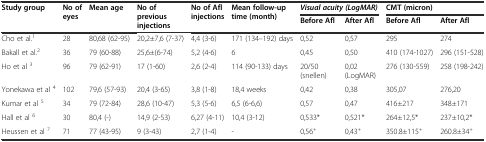
| <ROWSPAN=2> Study group | <ROWSPAN=2> No of eyes | <ROWSPAN=2> Mean age | <ROWSPAN=2> No of previous injections | <ROWSPAN=2> No of Afl injections | <ROWSPAN=2> Mean follow-up time (month) | <COLSPAN=2> Visual acuity (LogMAR) | <COLSPAN=2> CMT (micron) |
 | Before Afl | After Afl | Before Afl | After Afl |
 | --- | --- | --- | --- | --- | --- | --- | --- | --- | --- |
 | Cho et al.1 | 28 | 80,68 (62-95) | 20,2±7,6 (7-37) | 4,4 (3-6) | 171 (134–192) days | 0,52 | 0,57 | 295 | 274 |
 | Bakall et al.2 | 36 | 79 (60-88) | 25,6±(6-74) | 5,2 (4-6) | 6 | 0,45 | 0,50 | 410 (174-1027) | 296 (151-528) |
 | Ho et al 3 | 96 | 79 (62-91) | 17 (1-60) | 2,6 (2-4) | 114 (90-133) days | 20/50 (snellen) | 0,02 (LogMAR) | 276 (130-559) | 258 (198-242) |
 | Yonekawa et al 4 | 102 | 79,6 (57-93) | 20,4 (3-65) | 3,8 (1-8) | 18,4 weeks | 0,42 | 0,38 | 305,07 | 276,20 |
 | Kumar et al 5 | 34 | 79 (72-84) | 28,6 (10-47) | 5,3 (5-6) | 6,5 (6-6,6) | 0,57 | 0,47 | 416±217 | 348±171 |
 | Hall et al 6 | 30 | 80,4 (-) | 14,9 (2-53) | 6,27 (4-11) | 10,4 (3-12) | 0,533* | 0,521* | 264±12,5* | 237±10,2* |
 | Heussen et al 7 | 71 | 77 (43-95) | 9 (3-43) | 2,7 (1-4) | - | 0,56+ | 0,43+ | 350.8±115+ | 260.8±34+ |